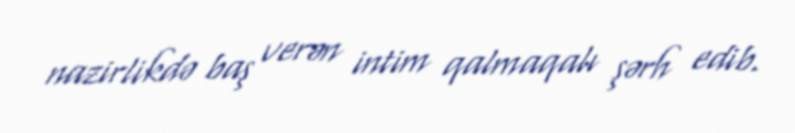
nazirlikdə baş verən intim qalmaqalı şərh edib.